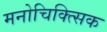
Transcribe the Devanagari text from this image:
मनोचिक्त्सिक